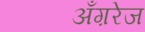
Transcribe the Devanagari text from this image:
अँग़रेज